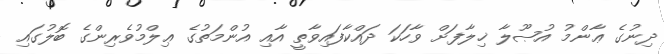
ދިނުގެ ޢާންމު އުޞޫލާ ޚިލާފަށް ވާހަކަ ދައްކާފައިވާތީ އާއި އުންމަތުގެ ޢިލްމުވެރިންގެ ބޮލުގައި